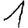
Digit: 1